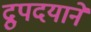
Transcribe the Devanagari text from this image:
द्रुपदयाने